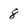
Character: 8